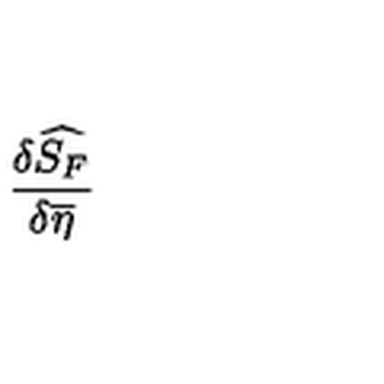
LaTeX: \frac { \delta \widehat { S _ { F } } } { \delta \overline { { \eta } } }